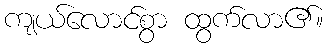
ကျယ်လောင်စွာ ထွက်လာ၏။